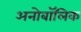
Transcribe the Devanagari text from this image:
अनोबॉलिक